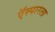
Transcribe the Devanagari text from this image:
ऍस्पारला